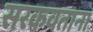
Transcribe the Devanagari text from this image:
सरकवताना